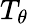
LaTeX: T_{\theta}